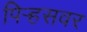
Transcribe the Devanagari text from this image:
पिर्‍हसवर